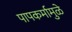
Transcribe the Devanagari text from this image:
पापकर्मामुळे